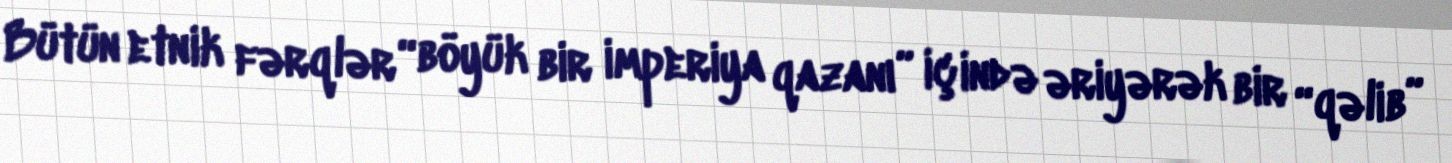
Bütün etnik fərqlər “böyük bir imperiya qazanı” içində əriyərək bir “qəlib”